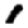
Digit: 1